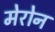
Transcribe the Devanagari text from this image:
मेरोन